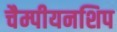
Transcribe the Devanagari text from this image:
चैम्पीयनशिप